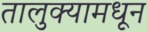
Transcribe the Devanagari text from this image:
तालुक्‍यामधून